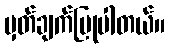
မှတ်ချက်ပြုပါတယ်။